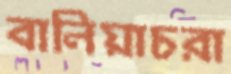
বালিয়াচরা